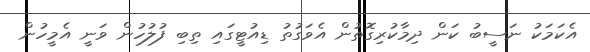
އެކަމަކު ނަސީބު ކަން ދިމާކުރިގޮތުން އެވަގުތު ޑިއުޓީގައި ތިބި ފުލުހުން ވަނީ އެމީހުން